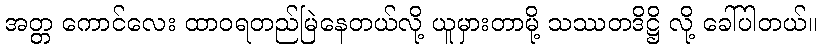
အတ္တ ကောင်လေး ထာဝရတည်မြဲနေတယ်လို့ ယူမှားတာမို့ သဿတဒိဋ္ဌိ လို့ ခေါ်ပါတယ်။